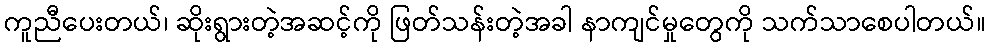
ကူညီပေးတယ်၊ ဆိုးရွားတဲ့အဆင့်ကို ဖြတ်သန်းတဲ့အခါ နာကျင်မှုတွေကို သက်သာစေပါတယ်။